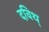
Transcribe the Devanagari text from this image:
दविथ्